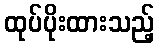
ထုပ်ပိုးထားသည့်